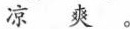
凉爽。